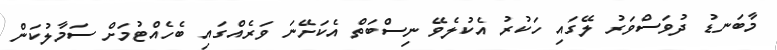
މާބަނޑު ދުވަސްވަރު ލޭގައި ހަކުރު އެކުލެވޭ ނިސްބަތް އެކަށޭނަ ވަރެއްގައި ބެހެއްޓުމަށް ސަމާލުކަން